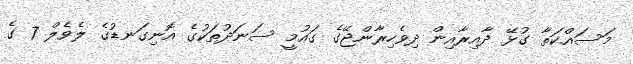
މަސައްކަތާ ގުޅޭ ދާއިރާއިން ދިވެހިރާންޖޭގެ ގައުމީ ސަނަދުތަކުގެ އޮނިގަނޑުގެ ލެވެލް 7 ގެ